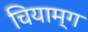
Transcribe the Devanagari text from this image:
चियाम्ग